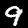
Digit: 9